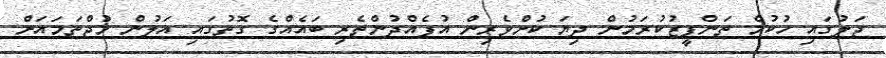
ޖަލުގައި ހުކުމް ތަންފީޒުކުރަމުން ދިޔަ ކުށްވެރިން އުފެއްދުންތެރި ބައެއްގެ ގޮތުގައި އަލުން މުޖްތަމައަށް